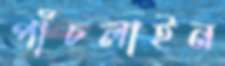
পাঁচলাইন